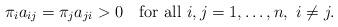
LaTeX: \begin{align*} \pi_i a_{ij}=\pi_j a_{ji}>0 \quad\mbox{for all }i,j=1,\ldots,n,\ i\neq j.\end{align*}